Scottish Leaving Certificate Examination, 1953
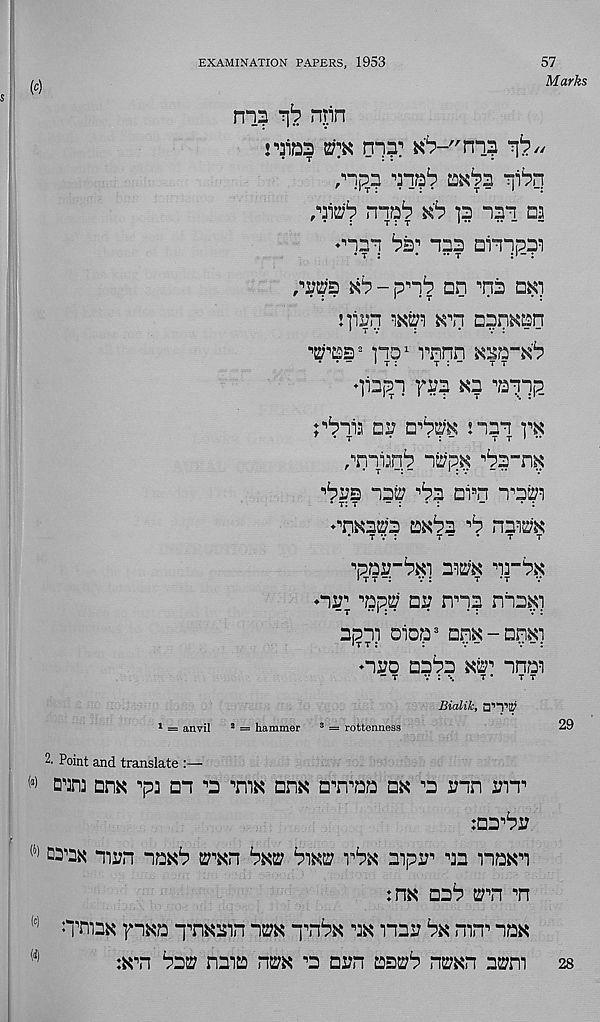
EXAMINATION PAPERS, 1953
57
Marks
( c )
rn?
npn
raioa etk n - )?? KV"ni? 'i?"
/1P T ? TO 1 ?
~i^q
nqr?^ *6 ]? nai aa
^naa ba" naa airipai
Kb - p'-b an •’na aK]
Hirq
K^n apqKan
po 1 rnnn Ksa-K'b
qiapp fa? Ka ^qqp
rbaia aa a^K naq pK
pnqiaqb -\wp$ n ba-n^
"baa aa^ "ba ai s n n^a^a
• t: t
- :
* :
“
* :
♦•’HKara a^ba n b naw'K
• tv:
t- •
t t
paa-bKi ai^K "la-bK
♦na; 'npy aa nn? nba^i
apm oioa 3 anK-anKi
♦nao aaba ket nnaa
- T
v:'..
T •
T T
Bialik, □’“I’E’
1 = anvil a = hammer 3 = rottenness
Point and translate :—
(s)
m dpk n p3 an *0 tiik anK a^n^aa ax ^a ann am 1
jaa’ba
,f
(4)
man na^b ipl bat: biKs; vbK aipa^ na naan
:m aab wn m
(c)
nmiaK f n^a qmKain n^K qmbx nx maa bK nin^ naa
iKm baa? naia nm m aan as2;b n^Kn as;m
29
28